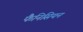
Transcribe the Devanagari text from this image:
फैनिसियन